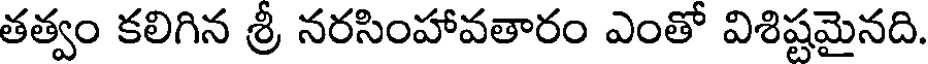
తత్వం కలిగిన శ్రీ నరసింహావతారం ఎంతో విశిష్టమైనది.